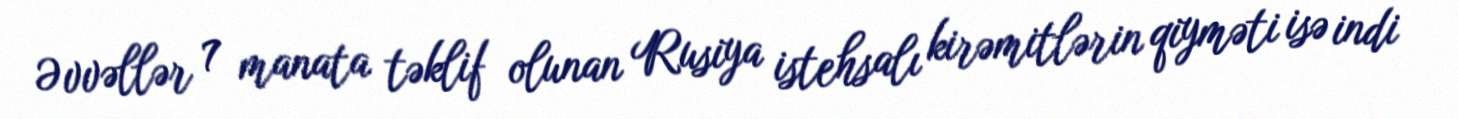
Əvvəllər 7 manata təklif olunan Rusiya istehsalı kirəmitlərin qiyməti isə indi